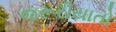
જરૂરીયાતો